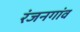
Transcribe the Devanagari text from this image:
रंजनगांव